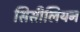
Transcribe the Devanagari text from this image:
सिसीलियन